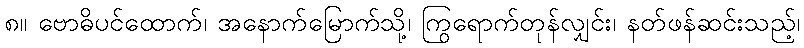
၈။ ဗောဓိပင်ထောက်၊ အနောက်မြောက်သို့၊ ကြွရောက်တုန်လျှင်း၊ နတ်ဖန်ဆင်းသည့်၊